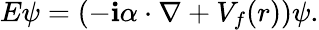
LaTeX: E\psi=(-\mathbf{i}{\mathbf{\alpha}}\cdot\nabla+V_{f}(r))\psi.